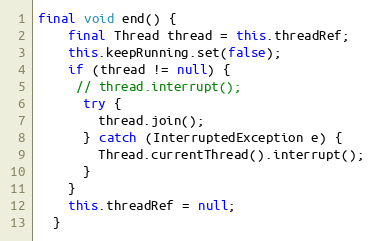
Language: Java
final void end() {
    final Thread thread = this.threadRef;
    this.keepRunning.set(false);
    if (thread != null) {
     // thread.interrupt();
      try {
        thread.join();
      } catch (InterruptedException e) {
        Thread.currentThread().interrupt();
      }
    }
    this.threadRef = null;
  }